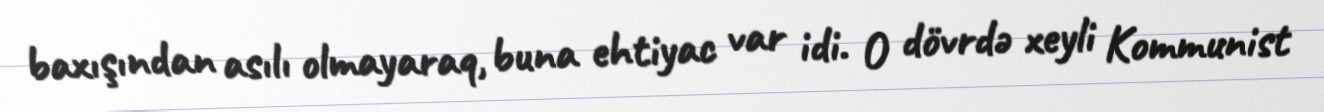
baxışından asılı olmayaraq, buna ehtiyac var idi. O dövrdə xeyli Kommunist